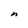
Character: n